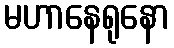
မဟာနေရုနော